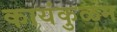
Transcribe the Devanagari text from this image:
कायंकुळम